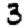
Digit: 3